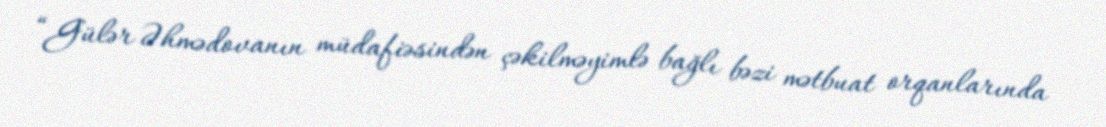
“Gülər Əhmədovanın müdafiəsindən çəkilməyimlə bağlı bəzi mətbuat orqanlarında